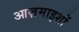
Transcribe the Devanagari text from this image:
आज़माइशों